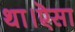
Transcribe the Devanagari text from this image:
था।ऎसा